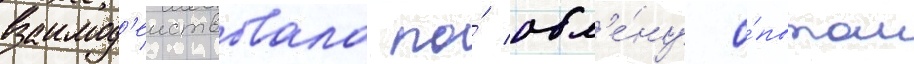
взаимод'еиствовала по́ обм'е́ну о́пытом